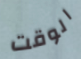
الوقت